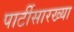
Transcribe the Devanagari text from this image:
पार्टीसारख्या